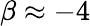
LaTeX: \beta\approx-4